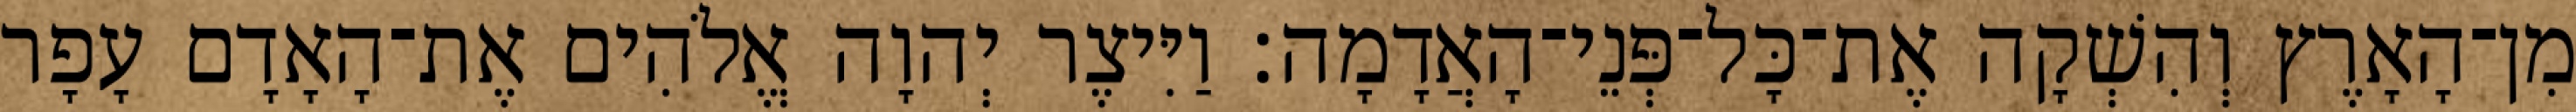
מִן־הָאָרֶץ וְהִשְׁקָה אֶת־כָּל־פְּנֵי־הָאֲדָמָה׃ וַיִּיצֶר יְהוָה אֱלֹהִים אֶת־הָאָדָם עָפָר